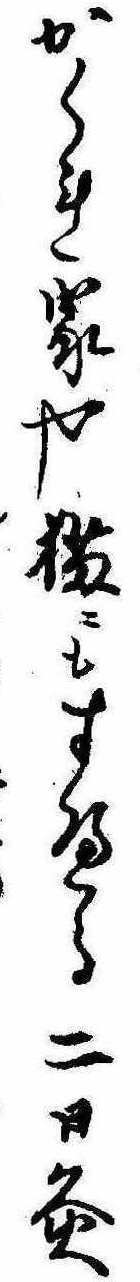
かくれ家や猫にもすへる二日灸